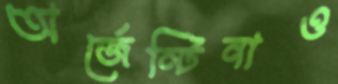
অর্জেন্টিনাও